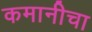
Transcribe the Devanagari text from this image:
कमानीचा